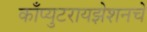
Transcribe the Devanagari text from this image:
काँप्युटरायझेशनचे